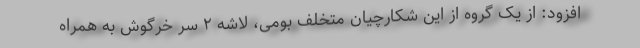
افزود: از یک گروه از این شکارچیان متخلف بومی، لاشه ۲ سر خرگوش به همراه